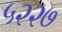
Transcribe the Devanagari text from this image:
५२२७